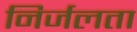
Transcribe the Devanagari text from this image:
निर्जलता